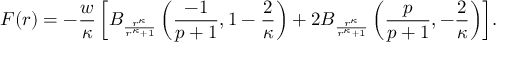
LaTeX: F ( r ) = - \frac { w } { \kappa } \left[ B _ { \frac { r ^ { \kappa } } { r ^ { \kappa } + 1 } } \left( \frac { - 1 } { p + 1 } , 1 - \frac { 2 } { \kappa } \right) + 2 B _ { \frac { r ^ { \kappa } } { r ^ { \kappa } + 1 } } \left( \frac { p } { p + 1 } , - \frac { 2 } { \kappa } \right) \right] \! .